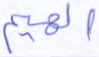
الهيم